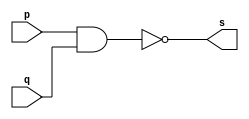
// -------------------------
// Extra01
// Nome: Wender Zacarias Xavier 
// ------------------------- 

//----------------------
//--nand gate
//----------------------

module nandgate (output [3:0]s, input [3:0]p, input [3:0]q);
 assign s = (~(p&q));	//criar vinculo permanente
        		   	//(dependencia)
endmodule // nandgate

//----------------------
//--xor gate
//----------------------

module xorgate (output [3:0]s, input [3:0]p, input [3:0]q);
 assign s = p^q;	//criar vinculo permanente
        		   	//(dependencia)
endmodule // xorgate

//----------------------
//--xnor gate
//----------------------

module xnorgate (output [3:0]s, input [3:0]p, input [3:0]q);
 assign s = (~(p^q));	//criar vinculo permanente
        		   	//(dependencia)
endmodule // xnorgate

//----------------------
//--nor gate
//----------------------

module norgate (output [3:0]s, input [3:0]p, input [3:0]q);
 assign s = (~(p|q));	//criar vinculo permanente
        		   	//(dependencia)
endmodule // norgate


//----------------------
//--or gate
//----------------------

module orgate (output [3:0]s, input [3:0]p, input [3:0]q);
 assign s = ( p|q );	//criar vinculo permanente
        		   	//(dependencia)
endmodule // orgate

//----------------------
//--and gate
//----------------------

module andgate (output [3:0]s, input [3:0]p, input [3:0]q);
 assign s = (p & q);	//criar vinculo permanente
        		   	         //(dependencia)
endmodule // andgate

//----------------------
//--not gate
//----------------------

module notgate (output [3:0]s, input [3:0]p);
 assign s = ~p;//criar vinculo permanente
        		   //(dependencia)
endmodule // notgate

//----------------------
//--Circuito
//----------------------
module circ;
//----------------------dados locais
  reg[3:0] x,y,sel;    //definir registrador
  					   //(variavel independente)
  wire[3:0] s1,s2,s3,s4,s5,s6,s7,s8,notsel,s9,sx,sy;  // definir conexao(fio)
   				   //(variavel dependente)
//---------------------- instancia
     
	 xorgate XOR1 (s1,x,y);
	 xorgate XOR2 (s2,x,y);
	 xorgate XOR3 (s3,x,y);
	 xorgate XOR4 (s4,x,y);
	 orgate ORALL (sx,s1,s2);
	 orgate ORALL2 (sy,s3,s4);
	 orgate ORALL3 (s5,sx,sy);
	 notgate NOT1 (s6,s5);
	 andgate AND1 (s7,s6,sel);
	 notgate NOT2 (notsel, sel);
	 andgate AND2 (s8,notsel,s5);
	 orgate OR (s9,s7,s8);

//---------------------- preparacao
 initial begin:start
  x = 4'b0101;    y = 4'b0011;	 sel = 4'b0000;
   end
//---------------------- parte principal
 initial begin
   $display("Extra01 - Wender Zacarias Xavier - 427472");
	$display("Test Circuito");
	$display("\n *** Resultado ***  ");
	$display(" Chave 0 = Diferente \n Chave 1 = Igual ");
	$monitor("\n Chave = %b 	X= 4%b  	Y= %4b   Resultado= %4b",sel[0],x,y,s9);
#1 x=4'b1111; y=4'b1111;
#1 sel = 4'b1111;
#1 x=4'b1101; y=4'b1011;
#1 sel = 4'b0000;
#1 x=4'b1011; y=4'b1001; sel = 4'b1111;


		
		end

endmodule //circ